Papers set at the Examination for Leaving Certificates, 1889
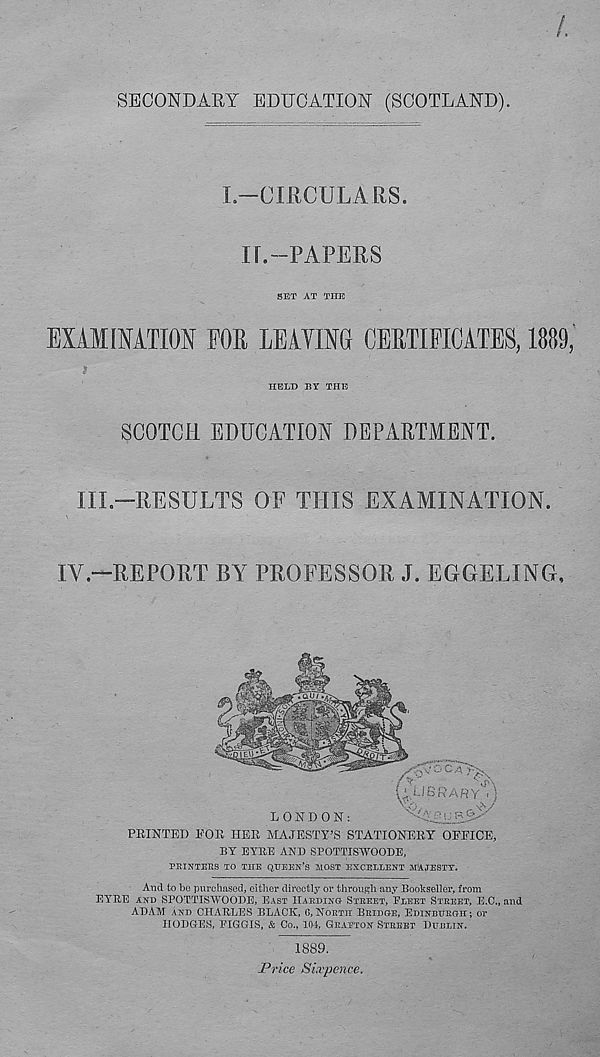
SECONDARY EDUCATION (SCOTLAND).
L—CIRCULARS.
II.-PAPERS
SET AT THE
EXAMINATION FOE LEAVING CERTIFICATES, 1889,
HELD BY THE
SCOTCH EDUCATION DEPARTMENT.
III.—RESULTS OF THIS EXAMINATION.
IV.-REPORT BY PROFESSOR J. EGGELING,
PRINTED EOR HER MAJESTY’S STATIONERY OFFICE,
BY EYRE AND SPOTTISWOODE,
PRINTERS TO THE QUEEN’S MOST EXCELLENT MAJESTY.
And to bo purchased, cither directly or through any Bookseller, from
EYRE AND SPOTTISWOODE, EAST HARDING- STREET, FLEET STREET, E.C., and
ADAM AND CHARLES BLACK, G,NORTH BRIDGE, EDINBURGH; or
HODGES, FIGGIS, & Co., 104, GRAPTON STREET DUBLIN.
1889.
Price Sixpence.